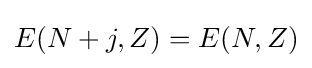
E(N+j,Z)=E(N,Z)